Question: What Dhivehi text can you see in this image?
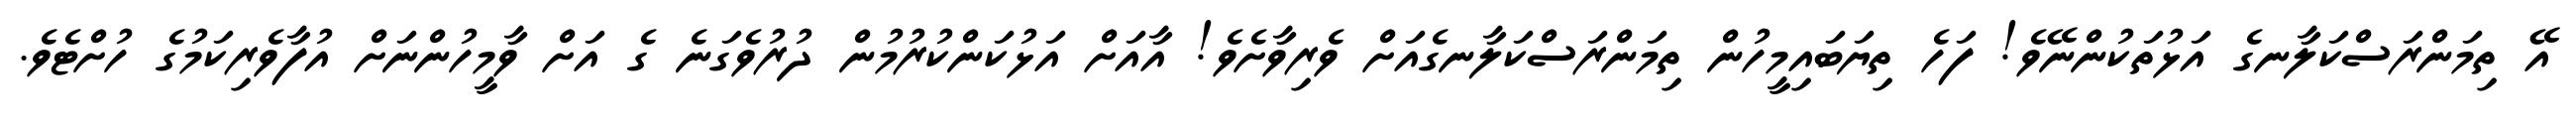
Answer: އޭ ތިމަންރަސްކަލާނގެ އަޅުތަކުންނޭވެ! ފަހެ ތިޔަބައިމީހުން ތިމަންރަސްކަލާނގެއަށް ވެރިވާށެވެ! އާއަށް އަޅުކަންކުރުމުން ދުރުވެގަނެ ގެ އަށް ވާމީހުންނަށް އުފާވެރިކަމުގެ ހުށްޓެވެ.